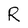
Character: R